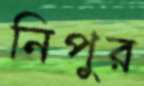
নিপুর